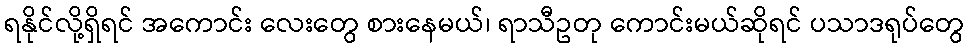
ရနိုင်လို့ရှိရင် အကောင်း လေးတွေ စားနေမယ်၊ ရာသီဥတု ကောင်းမယ်ဆိုရင် ပသာဒရုပ်တွေ